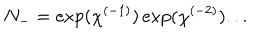
N _ { - } = \exp ( \chi ^ { ( - 1 ) } ) \exp ( \chi ^ { ( - 2 ) } ) . . .